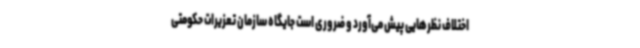
اختلاف نظرهایی پیش می‌آورد و ضروری است جایگاه سازمان تعزیرات حکومتی